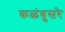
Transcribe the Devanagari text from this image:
कळंबुसरे